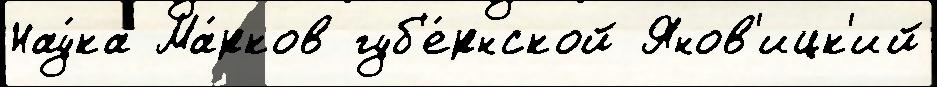
Нау́ка Ма́рков губ'е́рнской Янов'ицк'ий